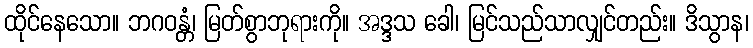
ထိုင်နေသော။ ဘဂဝန္တံ၊ မြတ်စွာဘုရားကို။ အဒ္ဒသ ခေါ၊ မြင်သည်သာလျှင်တည်း။ ဒိသွာန၊